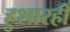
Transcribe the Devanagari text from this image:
हुशारही